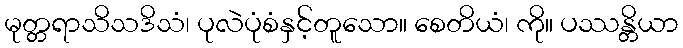
မုတ္တရာသိသဒိသံ၊ ပုလဲပုံစံနှင့်တူသော။ စေတိယံ၊ ကို။ ပဿန္တိယာ